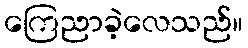
ကြေညာခဲ့လေသည်။